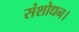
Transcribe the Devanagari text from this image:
संशोधन।